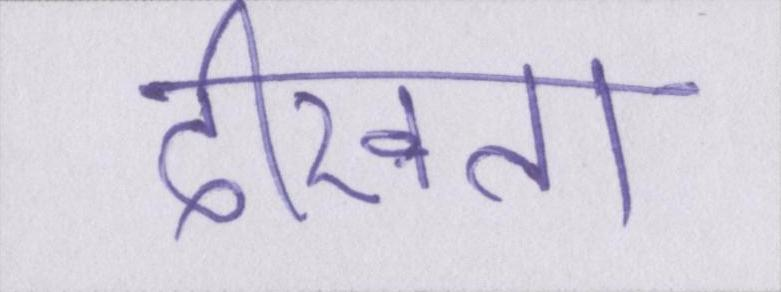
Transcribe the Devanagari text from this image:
दीखता